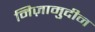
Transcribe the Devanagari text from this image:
निज़ामुदीन